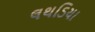
લથડિયા